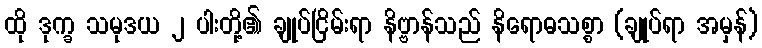
ထို ဒုက္ခ သမုဒယ ၂ ပါးတို့၏ ချုပ်ငြိမ်းရာ နိဗ္ဗာန်သည် နိရောဓသစ္စာ (ချုပ်ရာ အမှန်)